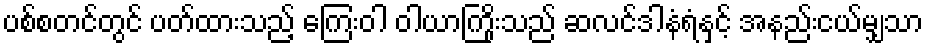
ပစ်စတင်တွင် ပတ်ထားသည့် ကြေးဝါ ဝါယာကြိုးသည် ဆလင်ဒါနံရံနှင့် အနည်းငယ်မျှသာ